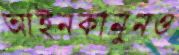
আইনকানুনও